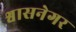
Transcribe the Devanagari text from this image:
श्वासनेगर